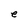
Character: e